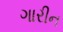
ગારીન